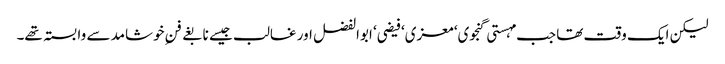
لیکن ایک وقت تھا جب مہستی گنجوی‘ معزی‘ فیضی‘ ابوالفضل اور غالب جیسے نابغے فنِ خوشامد سے وابستہ تھے۔